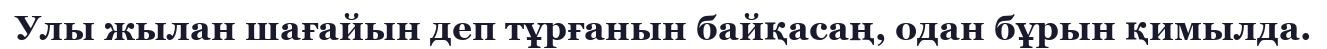
Улы жылан шағайын деп тұрғанын байқасаң, одан бұрын қимылда.